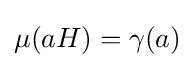
\mu (aH)=\gamma (a)